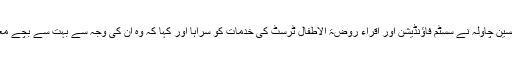
فیصل آباد چیمبر آف کامرس اینڈانڈسٹری کے صدر شبیر حسین چاولہ نے سسٹم فاؤنڈیشن اور اقراء روضۃ الاطفال ٹرسٹ کی خدمات کو سراہا اور کہا کہ وہ ان کی وجہ سے بہت سے بچے معاشرے کا پیداواری حصہ بن کر اپنا کردار ادا کر رہے ہیں۔